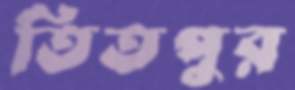
তিতপুর